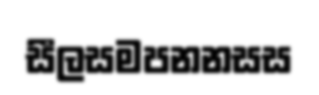
සීලසමපනනසස